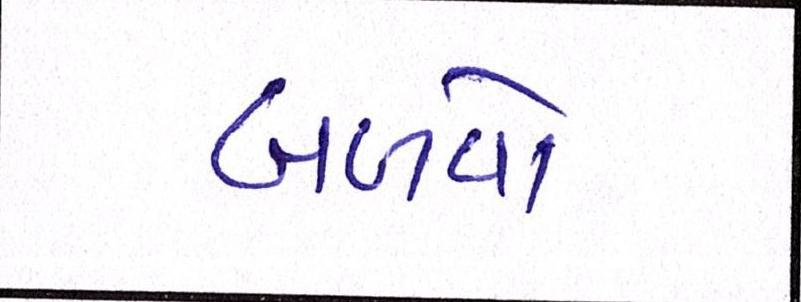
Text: બળવો